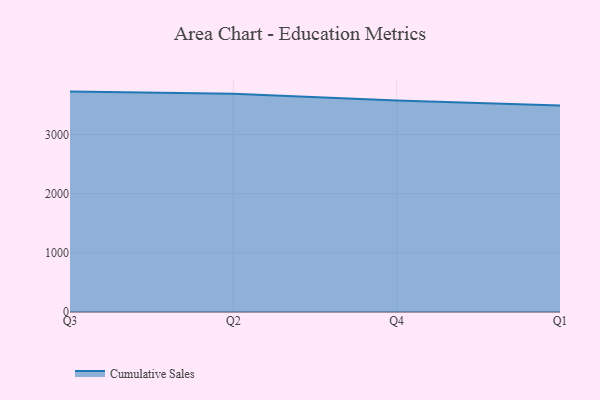
{"axis": {"x": "Quarter", "y": "Satisfaction Score"}, "legend": ["Cumulative Sales"], "data": [{"x": "Q3", "y": 3726.9, "type": "Cumulative Sales"}, {"x": "Q2", "y": 3689.2, "type": "Cumulative Sales"}, {"x": "Q4", "y": 3577.0, "type": "Cumulative Sales"}, {"x": "Q1", "y": 3493.5, "type": "Cumulative Sales"}]}